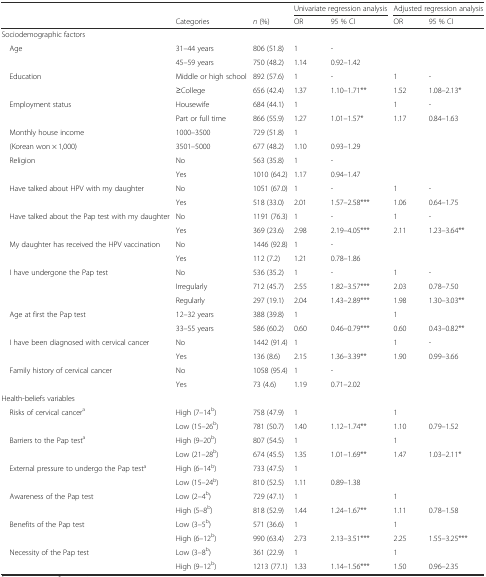
<table><thead><tr><td rowspan="2"></td><td></td><td></td><td colspan="2"><b>Univariate regression analysis</b></td><td colspan="2"><b>Adjusted regression analysis</b></td></tr><tr><td><b>Categories</b></td><td><b><i>n</i> (%)</b></td><td><b>OR</b></td><td><b>95 % CI</b></td><td><b>OR</b></td><td><b>95 % CI</b></td></tr></thead><tbody><tr><td>Sociodemographic factors</td><td></td><td></td><td></td><td></td><td></td><td></td></tr><tr><td> Age</td><td>31–44 years</td><td>806 (51.8)</td><td>1</td><td>-</td><td></td><td></td></tr><tr><td></td><td>45–59 years</td><td>750 (48.2)</td><td>1.14</td><td>0.92–1.42</td><td></td><td></td></tr><tr><td> Education</td><td>Middle or high school</td><td>892 (57.6)</td><td>1</td><td>-</td><td>1</td><td>-</td></tr><tr><td></td><td>≥College</td><td>656 (42.4)</td><td>1.37</td><td>1.10–1.71**</td><td>1.52</td><td>1.08–2.13*</td></tr><tr><td> Employment status</td><td>Housewife</td><td>684 (44.1)</td><td>1</td><td></td><td>1</td><td>-</td></tr><tr><td></td><td>Part or full time</td><td>866 (55.9)</td><td>1.27</td><td>1.01–1.57*</td><td>1.17</td><td>0.84–1.63</td></tr><tr><td> Monthly house income</td><td>1000–3500</td><td>729 (51.8)</td><td>1</td><td></td><td></td><td></td></tr><tr><td> (Korean won × 1,000)</td><td>3501–5000</td><td>677 (48.2)</td><td>1.10</td><td>0.93–1.29</td><td></td><td></td></tr><tr><td> Religion</td><td>No</td><td>563 (35.8)</td><td>1</td><td>-</td><td></td><td></td></tr><tr><td></td><td>Yes</td><td>1010 (64.2)</td><td>1.17</td><td>0.94–1.47</td><td></td><td></td></tr><tr><td rowspan="2"> Have talked about HPV with my daughter</td><td>No</td><td>1051 (67.0)</td><td>1</td><td>-</td><td>1</td><td>-</td></tr><tr><td>Yes</td><td>518 (33.0)</td><td>2.01</td><td>1.57–2.58***</td><td>1.06</td><td>0.64–1.75</td></tr><tr><td> Have talked about the Pap test with my daughter</td><td>No</td><td>1191 (76.3)</td><td>1</td><td>-</td><td>1</td><td>-</td></tr><tr><td></td><td>Yes</td><td>369 (23.6)</td><td>2.98</td><td>2.19–4.05***</td><td>2.11</td><td>1.23–3.64**</td></tr><tr><td> My daughter has received the HPV vaccination</td><td>No</td><td>1446 (92.8)</td><td>1</td><td>-</td><td></td><td></td></tr><tr><td></td><td>Yes</td><td>112 (7.2)</td><td>1.21</td><td>0.78–1.86</td><td></td><td></td></tr><tr><td> I have undergone the Pap test</td><td>No</td><td>536 (35.2)</td><td>1</td><td>-</td><td>1</td><td>-</td></tr><tr><td></td><td>Irregularly</td><td>712 (45.7)</td><td>2.55</td><td>1.82–3.57***</td><td>2.03</td><td>0.78–7.50</td></tr><tr><td></td><td>Regularly</td><td>297 (19.1)</td><td>2.04</td><td>1.43–2.89***</td><td>1.98</td><td>1.30–3.03**</td></tr><tr><td> Age at first the Pap test</td><td>12–32 years</td><td>388 (39.8)</td><td>1</td><td></td><td>1</td><td></td></tr><tr><td></td><td>33–55 years</td><td>586 (60.2)</td><td>0.60</td><td>0.46–0.79***</td><td>0.60</td><td>0.43–0.82**</td></tr><tr><td> I have been diagnosed with cervical cancer</td><td>No</td><td>1442 (91.4)</td><td>1</td><td></td><td>1</td><td>-</td></tr><tr><td></td><td>Yes</td><td>136 (8.6)</td><td>2.15</td><td>1.36–3.39**</td><td>1.90</td><td>0.99–3.66</td></tr><tr><td> Family history of cervical cancer</td><td>No</td><td>1058 (95.4)</td><td>1</td><td>-</td><td></td><td></td></tr><tr><td></td><td>Yes</td><td>73 (4.6)</td><td>1.19</td><td>0.71–2.02</td><td></td><td></td></tr><tr><td colspan="7">Health-beliefs variables</td></tr><tr><td rowspan="2"> Risks of cervical cancer<sup>a</sup></td><td>High (7–14<sup>b</sup>)</td><td>758 (47.9)</td><td>1</td><td></td><td>1</td><td></td></tr><tr><td>Low (15–26<sup>b</sup>)</td><td>781 (50.7)</td><td>1.40</td><td>1.12–1.74**</td><td>1.10</td><td>0.79–1.52</td></tr><tr><td> Barriers to the Pap test<sup>a</sup></td><td>High (9–20<sup>b</sup>)</td><td>807 (54.5)</td><td>1</td><td></td><td>1</td><td></td></tr><tr><td></td><td>Low (21–28<sup>b</sup>)</td><td>674 (45.5)</td><td>1.35</td><td>1.01–1.69**</td><td>1.47</td><td>1.03–2.11*</td></tr><tr><td> External pressure to undergo the Pap test<sup>a</sup></td><td>High (6–14<sup>b</sup>)</td><td>733 (47.5)</td><td>1</td><td></td><td></td><td></td></tr><tr><td></td><td>Low (15–24<sup>b</sup>)</td><td>810 (52.5)</td><td>1.11</td><td>0.89–1.38</td><td></td><td></td></tr><tr><td> Awareness of the Pap test</td><td>Low (2–4<sup>b</sup>)</td><td>729 (47.1)</td><td>1</td><td></td><td>1</td><td></td></tr><tr><td></td><td>High (5–8<sup>b</sup>)</td><td>818 (52.9)</td><td>1.44</td><td>1.24–1.67**</td><td>1.11</td><td>0.78–1.58</td></tr><tr><td> Benefits of the Pap test</td><td>Low (3–5<sup>b</sup>)</td><td>571 (36.6)</td><td>1</td><td></td><td>1</td><td></td></tr><tr><td></td><td>High (6–12<sup>b</sup>)</td><td>990 (63.4)</td><td>2.73</td><td>2.13–3.51***</td><td>2.25</td><td>1.55–3.25***</td></tr><tr><td> Necessity of the Pap test</td><td>Low (3–8<sup>b</sup>)</td><td>361 (22.9)</td><td>1</td><td></td><td>1</td><td></td></tr><tr><td></td><td>High (9–12<sup>b</sup>)</td><td>1213 (77.1)</td><td>1.33</td><td>1.14–1.56***</td><td>1.50</td><td>0.96–2.35</td></tr></tbody></table>